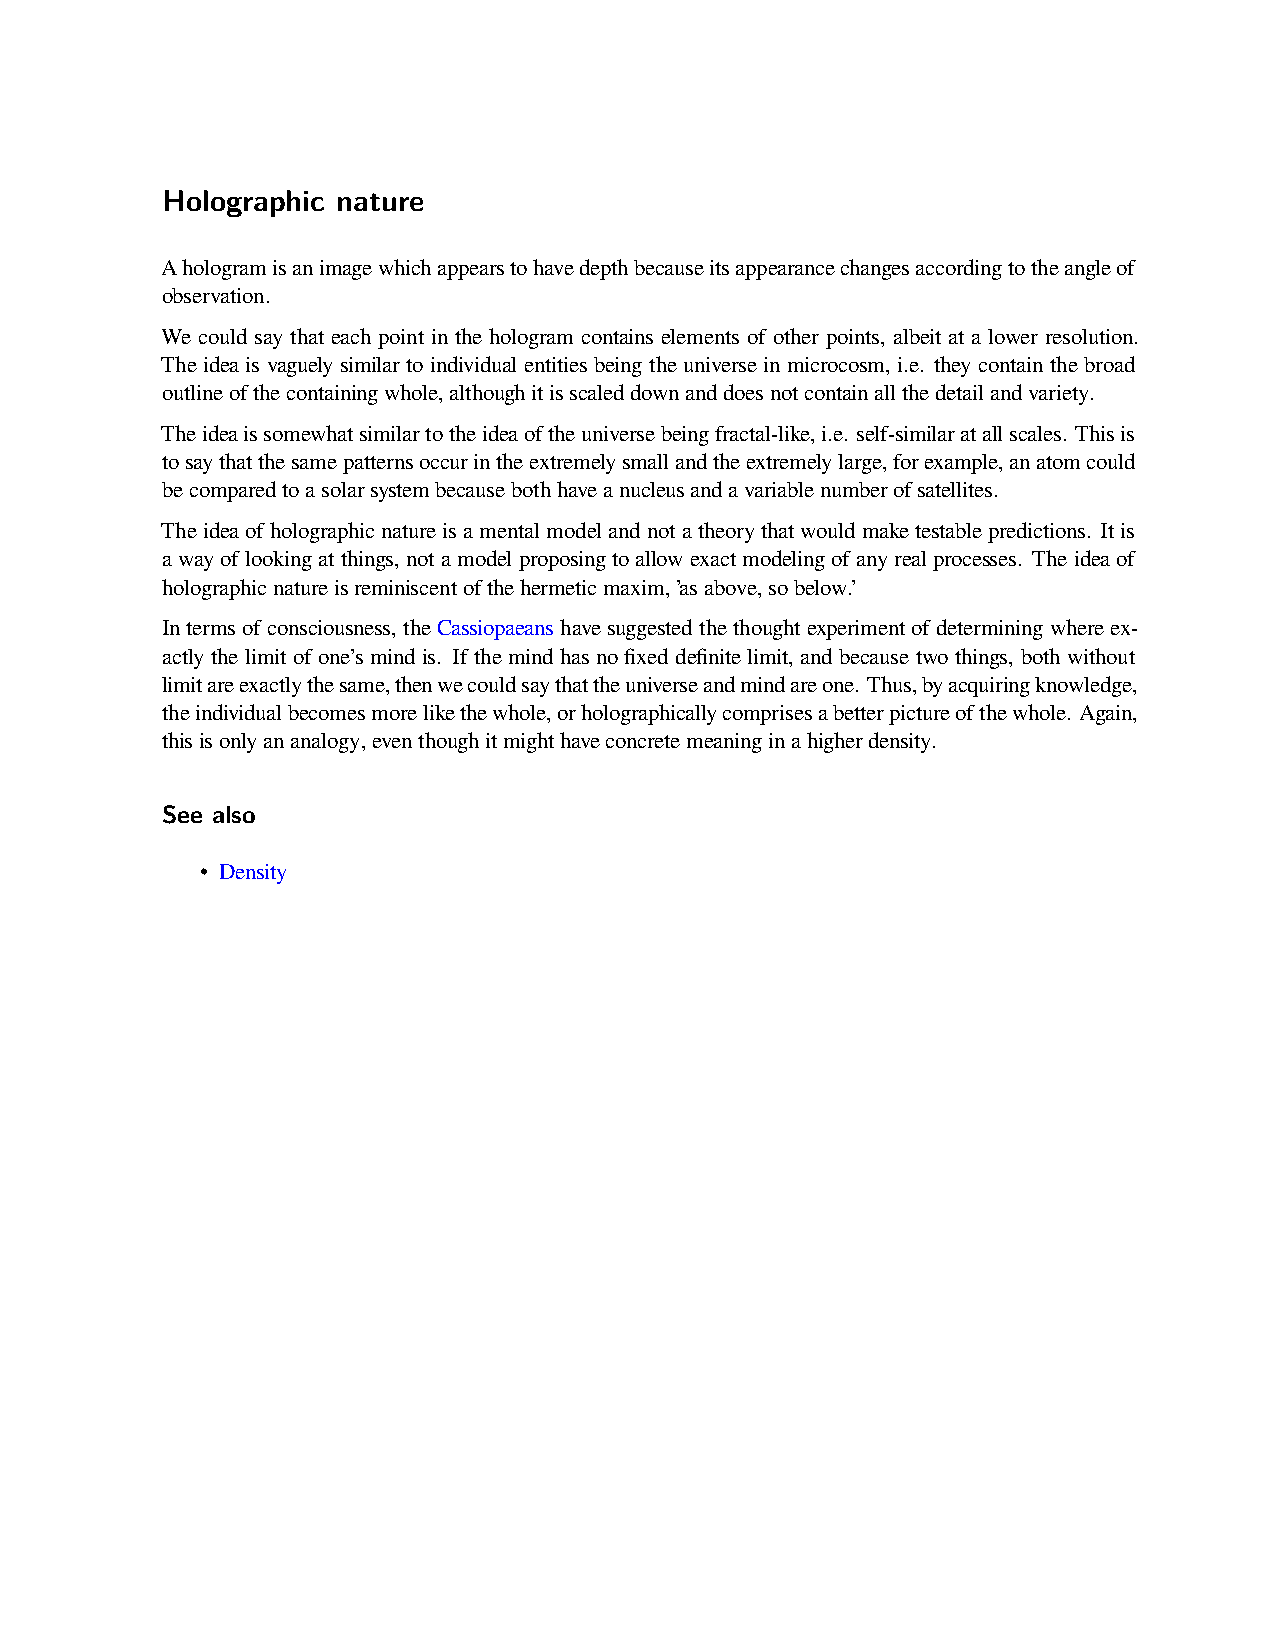
Holographic nature
 Ahologramisanimagewhichappearstohavedepthbecauseitsappearancechangesaccordingtotheangleof
 observation.
 We could say that each point in the hologram contains elements of other points, albeit at a lower resolution.
 Theidea is vaguelysimilar to individual entitiesbeing the universein microcosm, i.e. theycontain the broad
 outlineofthecontainingwhole,althoughitisscaleddownanddoesnotcontainallthedetailandvariety.
 Theideaissomewhatsimilartotheideaoftheuniversebeingfractal-like,i.e. self-similaratallscales. Thisis
 tosaythatthesamepatternsoccurintheextremelysmallandtheextremelylarge,forexample,anatomcould
 becomparedtoasolarsystembecausebothhaveanucleusandavariablenumberofsatellites.
 Theideaofholographicnatureisamentalmodelandnotatheorythatwouldmaketestablepredictions. Itis
 awayoflookingatthings,notamodelproposingtoallowexactmodelingofanyrealprocesses. Theideaof
 holographicnatureisreminiscentofthehermeticmaxim,’asabove,sobelow.’
 Intermsofconsciousness, theCassiopaeanshavesuggestedthethoughtexperimentofdeterminingwhereex-
 actly the limit of one’s mind is. If the mind has no fixed definite limit, and because two things, both without
 limitareexactlythesame,thenwecouldsaythattheuniverseandmindareone. Thus,byacquiringknowledge,
 theindividualbecomesmorelikethewhole,orholographicallycomprisesabetterpictureofthewhole. Again,
 thisisonlyananalogy,eventhoughitmighthaveconcretemeaninginahigherdensity.
 See also
 • Density